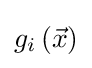
g_{i}\left({\vec {x}}\right)